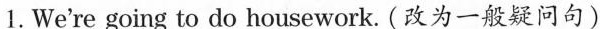
1.We're going to do housework. (改为一般疑问句)